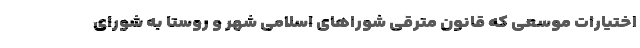
اختیارات موسعی که قانون مترقی شوراهای اسلامی شهر و روستا به شورای